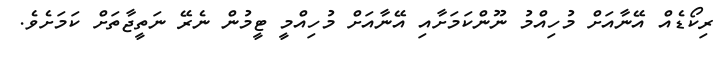
ރިކޯޑެއް އޭނާއަށް މުހިއްމު ނޫންކަމަށާއި އޭނާއަށް މުހިއްމީ ޓީމުން ނެރޭ ނަތީޖާތަށް ކަމަށެވެ.